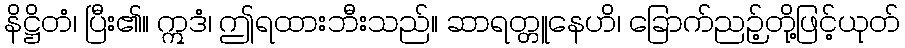
နိဋ္ဌိတံ၊ ပြီး၏။ ဣဒံ၊ ဤရထားဘီးသည်။ ဆာရတ္တူနေဟိ၊ ခြောက်ညဉ့်တို့ဖြင့်ယုတ်